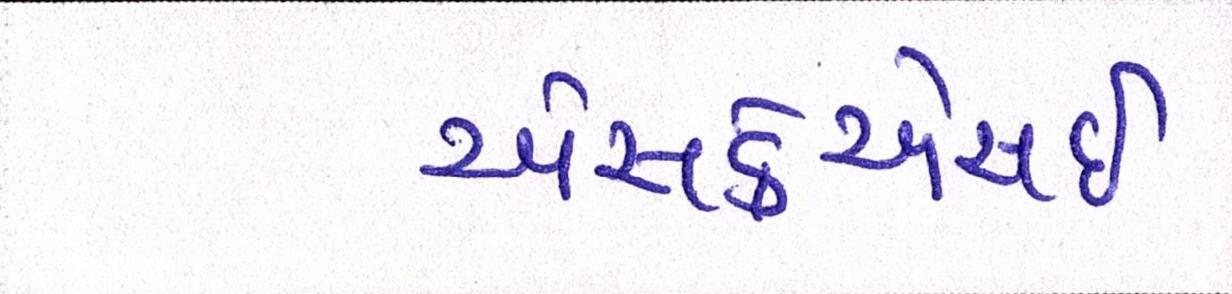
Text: એસકેએસઈ